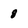
Character: 8